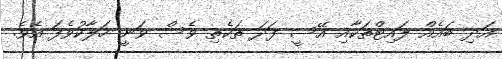
އަދި ބައެއް ލައިޓްތަކާއި އޭސީ ފަދަ ތަކެތި ވެސް ވަނީ ހަލާކުވެފަ އެވެ.